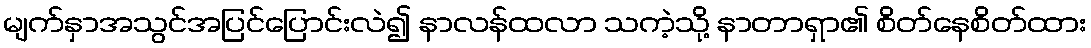
မျက်နှာအသွင်အပြင်ပြောင်းလဲ၍ နာလန်ထလာ သကဲ့သို့ နာတာရှာ၏ စိတ်နေစိတ်ထား